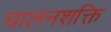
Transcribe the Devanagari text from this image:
चालनशक्ति